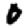
Digit: 0